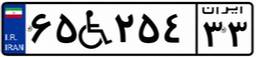
۶۵W۲۵۴۳۳